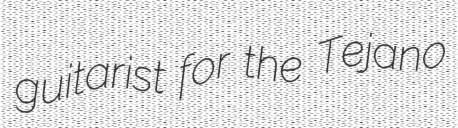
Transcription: guitarist for the Tejano